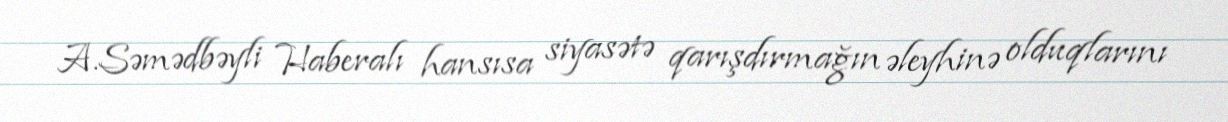
A.Səmədbəyli Haberalı hansısa siyasətə qarışdırmağın əleyhinə olduqlarını